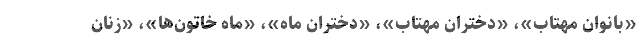
«بانوان مهتاب»، «دختران مهتاب»، «دختران ماه»، «ماه خاتون‌ها»، «زنان